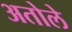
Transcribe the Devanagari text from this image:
अतोले